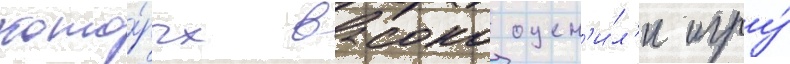
кото́рых высоко оцен'и́л'и игру́